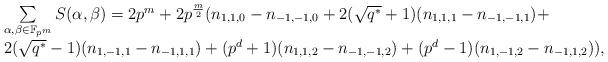
LaTeX: \begin{align*} \begin{array}{ll} &\sum\limits_{\alpha,\beta \in \mathbb{F}_{p^m}}S(\alpha,\beta) =2p^m+2p^{\frac{m}{2}}( n_{1,1,0}-n_{-1,-1,0}+2(\sqrt{q^*}+1)(n_{1,1,1}-n_{-1,-1,1})+\\ &2(\sqrt{q^*}-1)(n_{1,-1,1}-n_{-1,1,1})+(p^d+1)(n_{1,1,2}-n_{-1,-1,2})+(p^d-1)(n_{1,-1,2}-n_{-1,1,2})), \end{array}\end{align*}